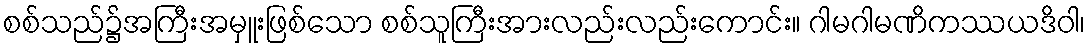
စစ်သည်၌အကြီးအမှူးဖြစ်သော စစ်သူကြီးအားလည်းလည်းကောင်း။ ဂါမဂါမဏိကဿယဒိဝါ၊